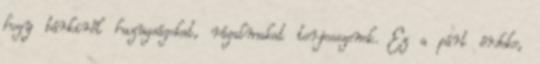
hogy bárkiről hazugságokat, rágalmakat terjesszenek. Ez a párt érdeke,